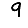
Digit: 9